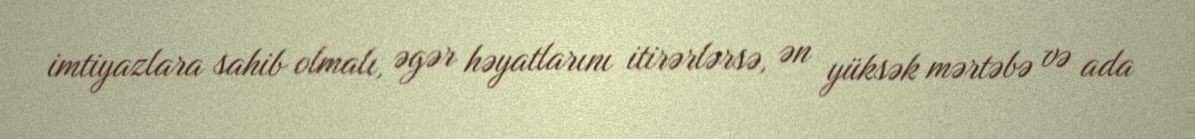
imtiyazlara sahib olmalı, əgər həyatlarını itirərlərsə, ən yüksək mərtəbə və ada